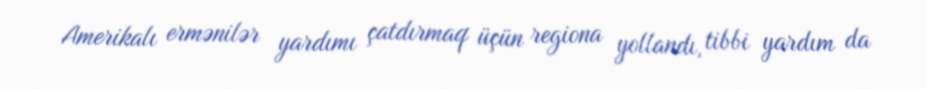
Amerikalı ermənilər yardımı çatdırmaq üçün regiona yollandı, tibbi yardım da